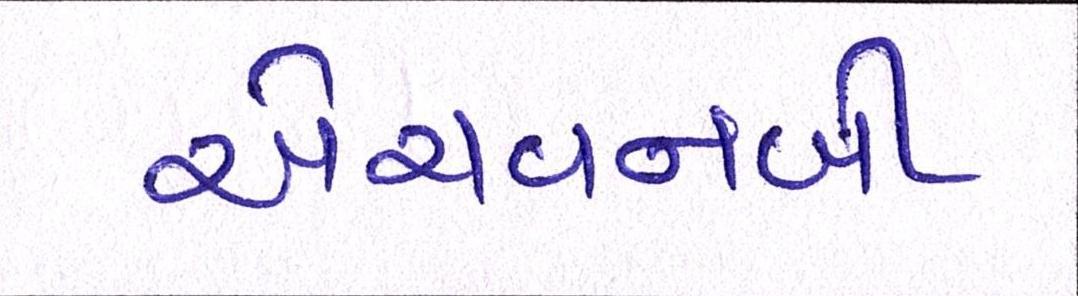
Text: એચવનબી